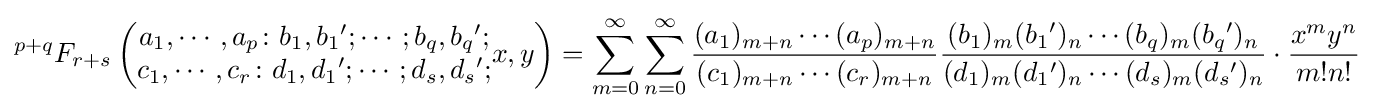
{}^{p+q}F_{r+s}\left({\begin{matrix}a_{1},\cdots ,a_{p}\colon b_{1},b_{1}{}';\cdots ;b_{q},b_{q}{}';\\c_{1},\cdots ,c_{r}\colon d_{1},d_{1}{}';\cdots ;d_{s},d_{s}{}';\end{matrix}}x,y\right)=\sum _{m=0}^{\infty }\sum _{n=0}^{\infty }{\frac {(a_{1})_{m+n}\cdots (a_{p})_{m+n}}{(c_{1})_{m+n}\cdots (c_{r})_{m+n}}}{\frac {(b_{1})_{m}(b_{1}{}')_{n}\cdots (b_{q})_{m}(b_{q}{}')_{n}}{(d_{1})_{m}(d_{1}{}')_{n}\cdots (d_{s})_{m}(d_{s}{}')_{n}}}\cdot {\frac {x^{m}y^{n}}{m!n!}}